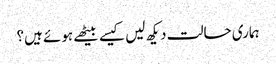
ہماری حالت دیکھ لیں کیسے بیٹھے ہوئے ہیں؟